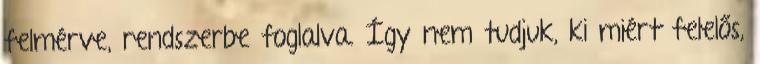
felmérve, rendszerbe foglalva. Így nem tudjuk, ki miért felelős,